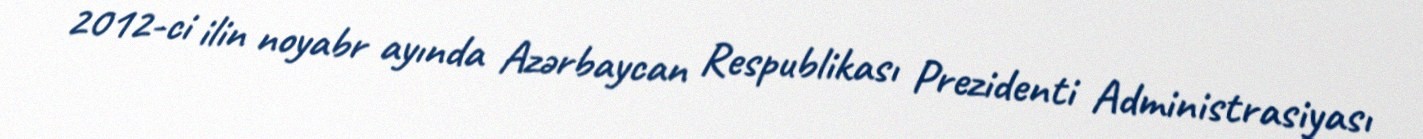
2012-ci ilin noyabr ayında Azərbaycan Respublikası Prezidenti Administrasiyası